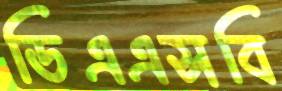
ডিএএসবি